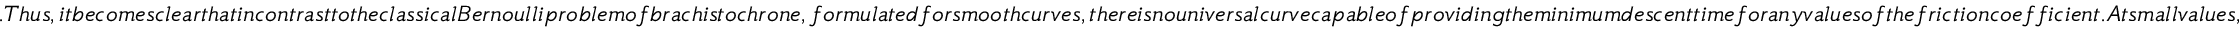
. T h u s , i t b e c o m e s c l e a r t h a t i n c o n t r a s t t o t h e c l a s s i c a l B e r n o u l l i p r o b l e m o f b r a c h i s t o c h r o n e , f o r m u l a t e d f o r s m o o t h c u r v e s , t h e r e i s n o u n i v e r s a l c u r v e c a p a b l e o f p r o v i d i n g t h e m i n i m u m d e s c e n t t i m e f o r a n y v a l u e s o f t h e f r i c t i o n c o e f f i c i e n t . A t s m a l l v a l u e s ,